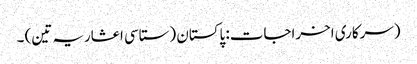
(سرکاری اخراجات: پاکستان (ستاسی اعشاریہ تین) ۔